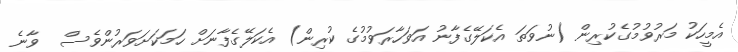
އެމީހަކު މަރުވުމުގެކުރިން (ނުވަތަ އެކަލޭގެފާނު އަވަހާރަވުމުގެ ކުރިން) އެކަލޭގެފާނަށް ހަމަކަށަވަރުންވެސް  ވާނެ